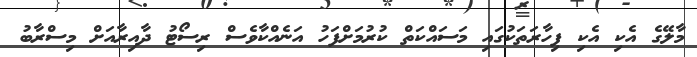
މާލޭގެ އެކި އެކި ފިހާރަތަކުގައި މަސައްކަތް ކުރުމަށްފަހު އަނެއްކާވެސް ރިސޯޓު ދާއިރާއަށް މިސްރާބު